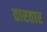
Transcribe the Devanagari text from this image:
तारतार